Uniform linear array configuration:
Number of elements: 16
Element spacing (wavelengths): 1
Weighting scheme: hann
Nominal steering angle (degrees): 30
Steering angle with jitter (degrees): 30.604
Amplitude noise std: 0.05
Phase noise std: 0.05

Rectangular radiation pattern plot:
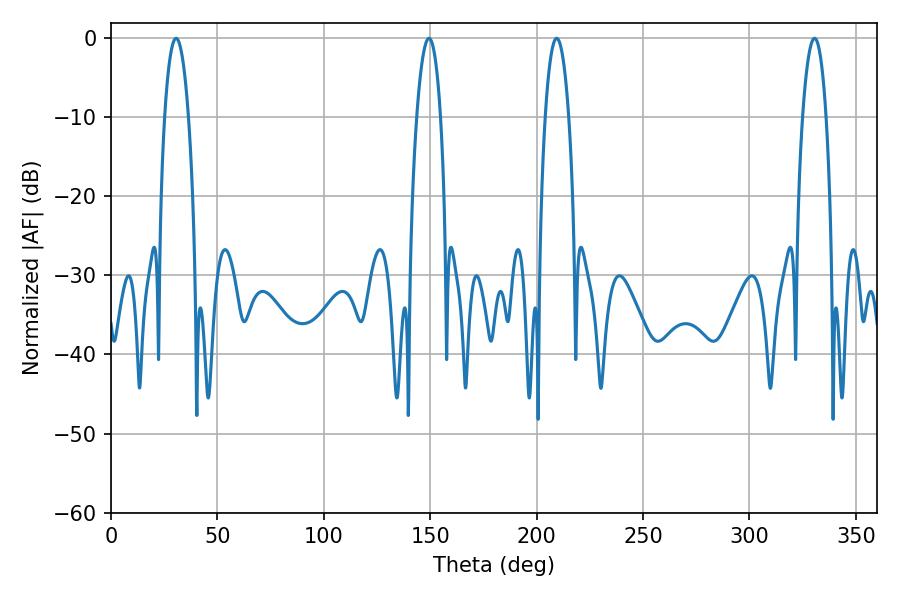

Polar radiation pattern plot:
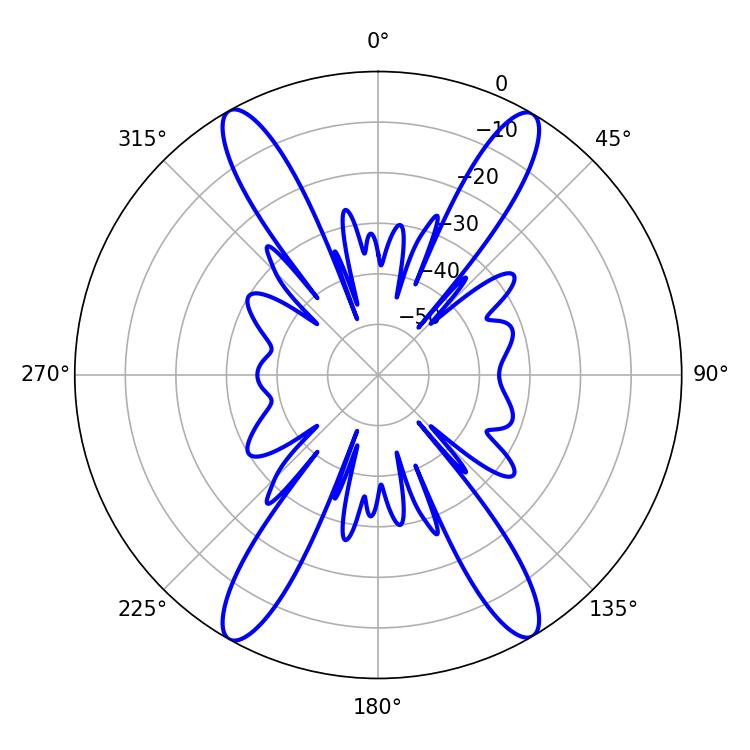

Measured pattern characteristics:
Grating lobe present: TRUE
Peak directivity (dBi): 25.315
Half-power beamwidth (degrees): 6.3
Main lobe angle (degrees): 30.6